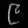
Digit: ၉